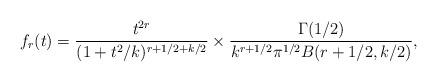
LaTeX: \begin{align*} f_r(t) &= \frac{t^{2r}} {( 1 + t^2/k)^{r+1/2+k/2}} \times \frac{\Gamma(1/2)} {k^{r + 1/2} \pi^{1/2} B(r+1/2, k/2)},\end{align*}